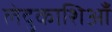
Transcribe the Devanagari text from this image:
लेदुकाशिआँ